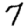
Digit: 7